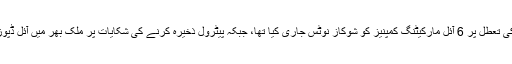
3 جون کو اوگرا نے پیٹرول کی تعطل پر 6 آئل مارکیٹنگ کمپنیز کو شوکاز نوٹس جاری کیا تھا، جبکہ پیٹرول ذخیرہ کرنے کی شکایات پر ملک بھر میں آئل ڈپوز پر چھاپے بھی مارے گئے۔